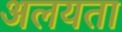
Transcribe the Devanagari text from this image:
अलयता